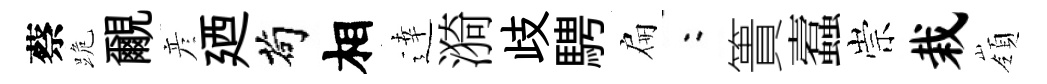
蔡跪覼彦廼茍相逹漪歧騁扁欸簣蠧崇栽嶺